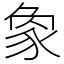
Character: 𧰼